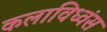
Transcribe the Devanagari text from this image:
कलाविध्वंस